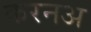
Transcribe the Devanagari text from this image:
करनअ